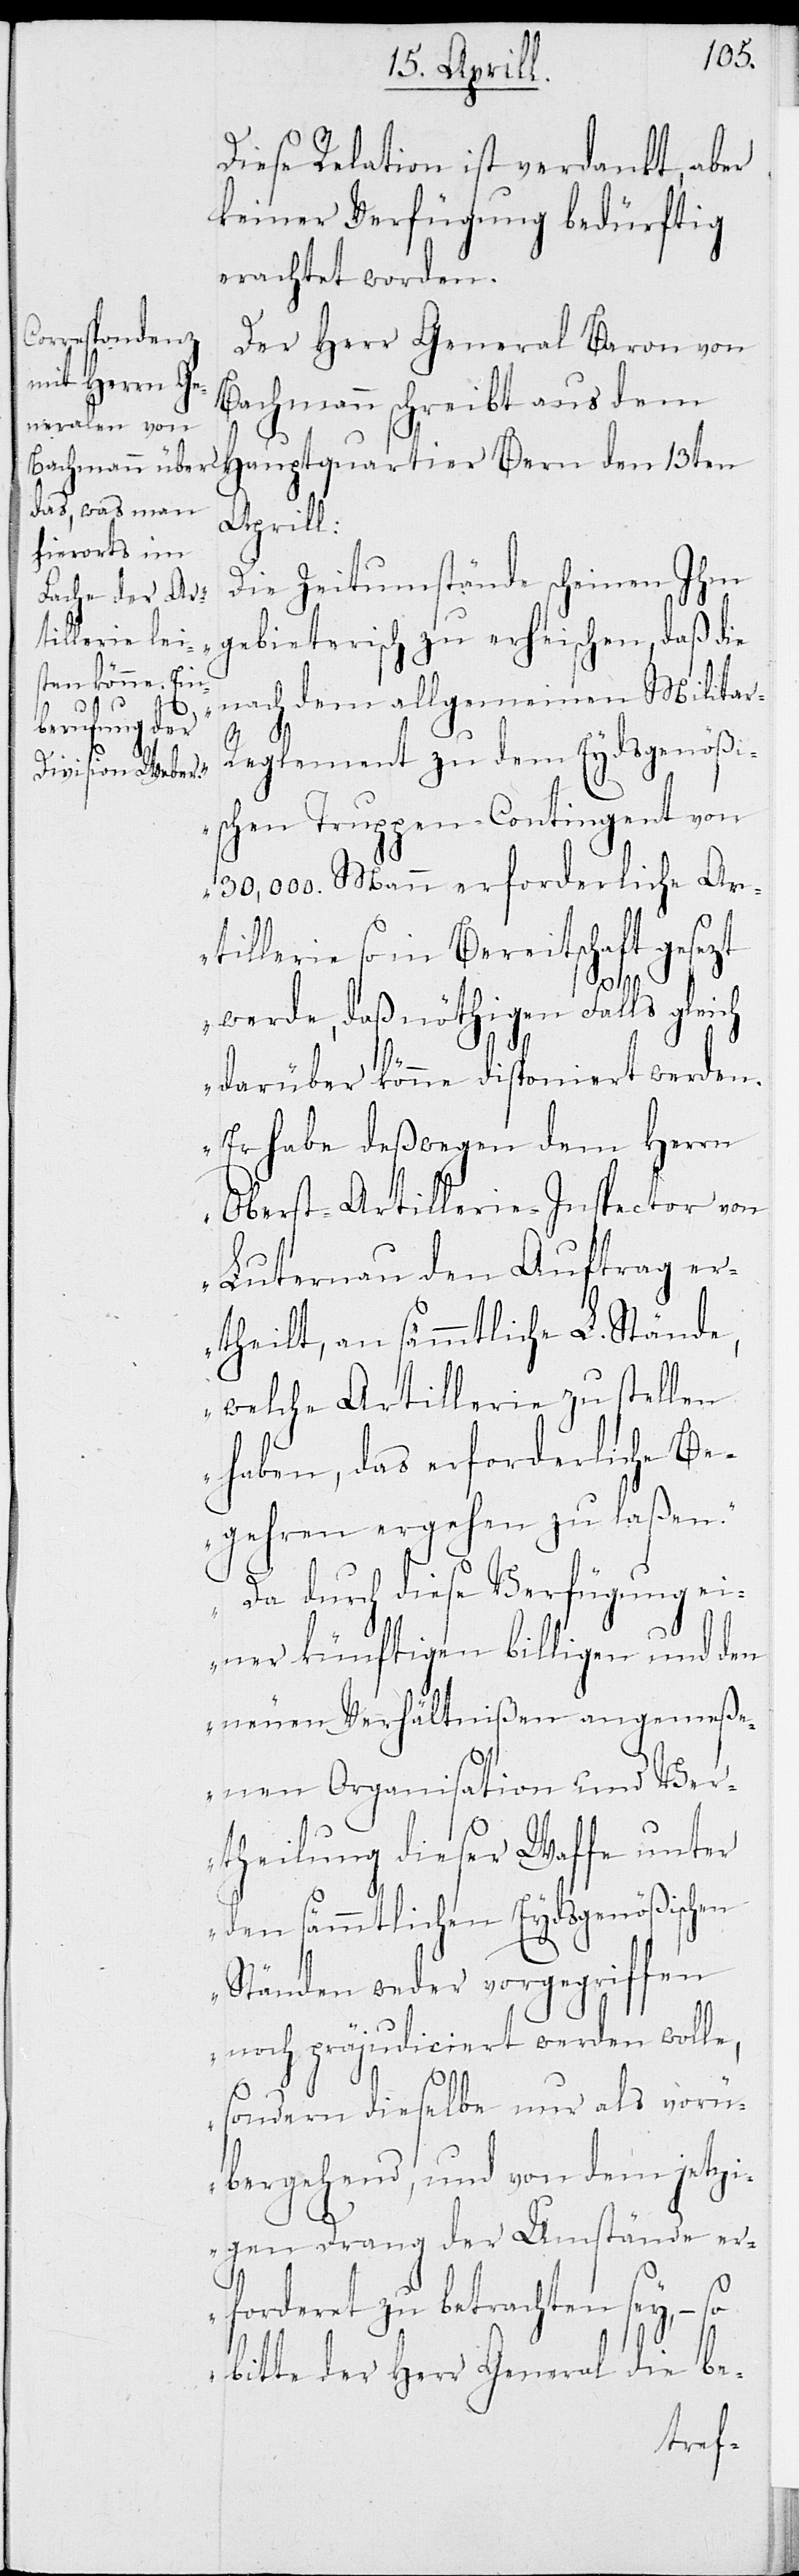
Diese Relation ist verdankt, aber
keiner Verfügung bedürftig
erachtet worden.
Der Herr General Baron von
Bachmann schreibt aus dem
Hauptquartier Bern den 13ten
Aprill:
„Die Zeitumstände scheinen Ihm
gebieterisch zu erheischen, daß die
nach dem allgemeinen Milita¬
r-Reglement zu dem Eydsgenößi¬
schen Truppen-Contingent von
30,000. Mann erforderliche Ar¬
tillerie so in Bereitschaft gesetzt
werde, daß nöthigen Falls gleich
darüber könne disponiert werden.
Er habe deßhalb dem Herrn
Oberst-Artillerie-Inspector von
Luternau den Auftrag er¬
theilt, an sämmtliche L. Stände,
welche Artillerie zu stellen
haben, das erforderliche Be¬
gehren ergehen zu laßen.
Da durch diese Verfügung ei¬
ner künftigen billigen und den
neuen Verhältnißen angemeß¬
enen Organisation und Ver¬
theilung dieser Waffe unter
den sämmtlichen Eydsgenößischen
Ständen weder vorgegriffen
noch präjudiciert werden wolle,
sondern dieselbe nur als vorü¬
bergehend, und von dem jetzi¬
gen Drang der Umstände er¬
forderet zu betrachten sey, –
bitte der Herr General die be-